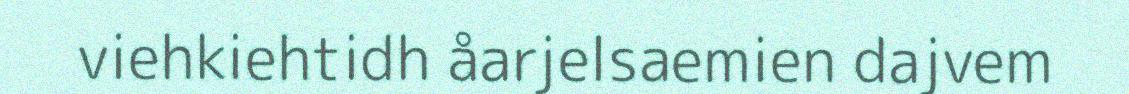
viehkiehtidh åarjelsaemien dajvem